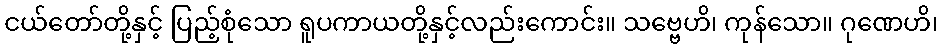
ငယ်တော်တို့နှင့် ပြည့်စုံသော ရူပကာယတို့နှင့်လည်းကောင်း။ သဗ္ဗေဟိ၊ ကုန်သော။ ဂုဏေဟိ၊